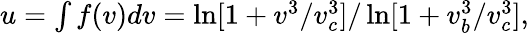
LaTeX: \begin{array}{r}{u=\int f(v)dv=\ln[1+{v^{3}}/{v_{c}^{3}}]/\ln[1+{v_{b}^{3}}/{v_{c}^{3}}],}\end{array}